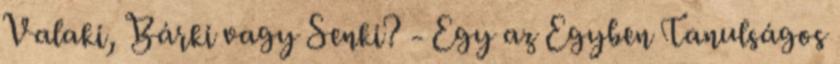
Valaki, Bárki vagy Senki? - Egy az Egyben Tanulságos